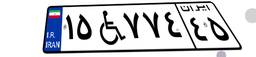
۱۷W۷۱۲۹۳